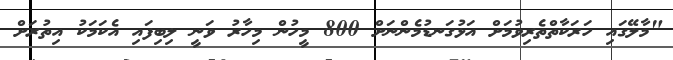
"މާލޭގައި ހަރަކާތްތެރިވުމަށް އަޅުގަނޑުމެންނަށް 800 މީހުން މިހާރު ވަނީ ލިބިފައި އެކަމަކު އިތުރަށް